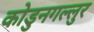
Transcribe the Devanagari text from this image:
कोडुनगल्लुर